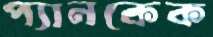
প্যানকেক